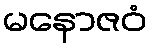
မနောဇဝံ